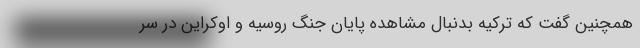
همچنین گفت که ترکیه بدنبال مشاهده پایان جنگ روسیه و اوکراین در سر